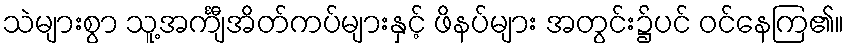
သဲများစွာ သူ့အင်္ကျီအိတ်ကပ်များနှင့် ဖိနပ်များ အတွင်း၌ပင် ဝင်နေကြ၏။